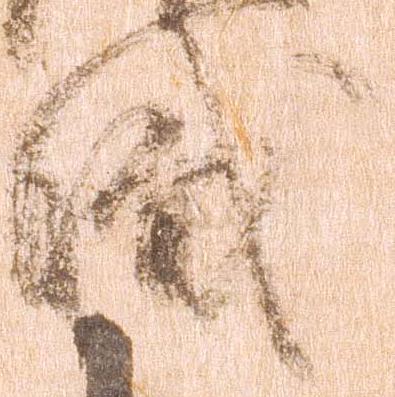
職